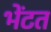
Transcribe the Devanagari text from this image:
भेंटत